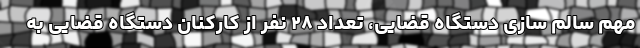
مهم سالم سازی دستگاه قضایی، تعداد ۲۸ نفر از کارکنان دستگاه قضایی به